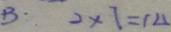
B \cdot 2 \times 7 = 1 4